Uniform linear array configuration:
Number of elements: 8
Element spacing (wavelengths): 0.5
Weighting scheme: uniform
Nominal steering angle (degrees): -15
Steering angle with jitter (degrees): -16.678
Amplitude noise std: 0.05
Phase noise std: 0.05

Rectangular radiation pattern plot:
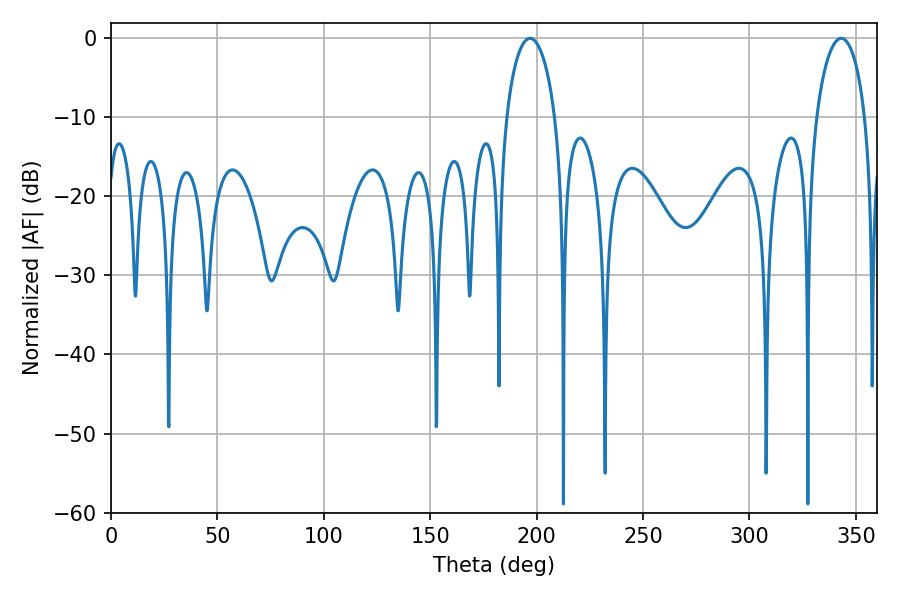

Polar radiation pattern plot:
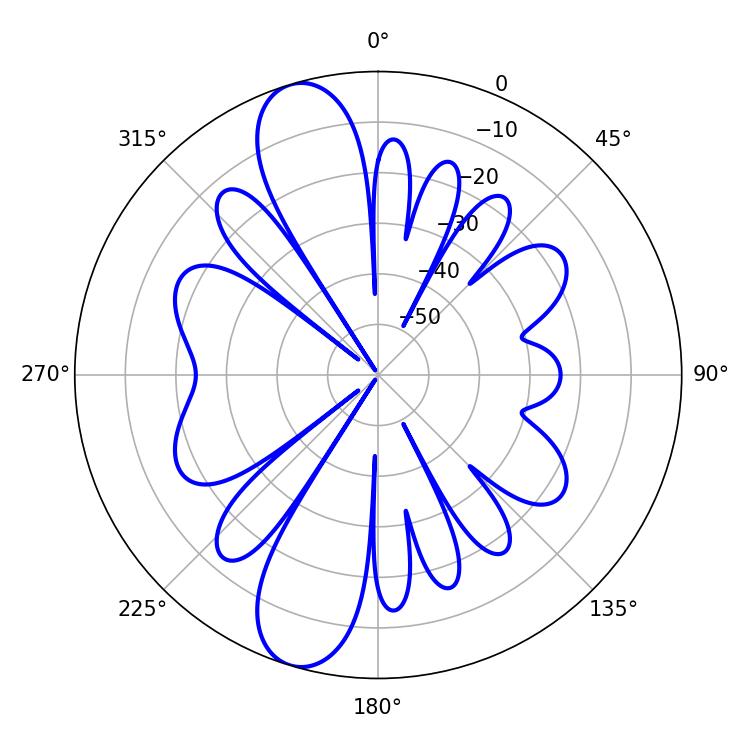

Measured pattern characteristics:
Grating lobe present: FALSE
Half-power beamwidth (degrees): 13.14
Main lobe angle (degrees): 196.92